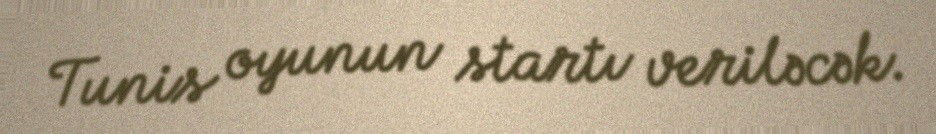
Tunis oyunun startı veriləcək.